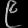
Digit: ၉